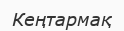
Кеңтармақ